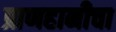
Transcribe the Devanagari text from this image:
प्राणहानीचा